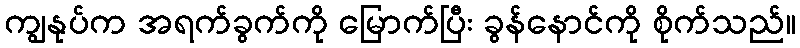
ကျွနုပ်က အရက်ခွက်ကို မြောက်ပြီး ခွန်နောင်ကို စိုက်သည်။